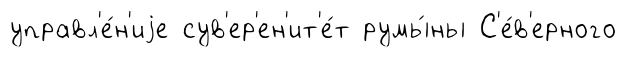
управл'е́н'иjе сув'ер'ен'ит'е́т румы́ны С'е́в'ерного